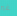
غير